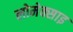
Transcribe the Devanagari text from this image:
लोमेक्साइ